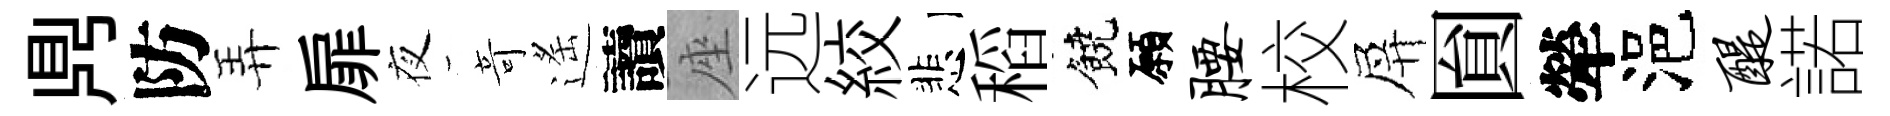
𪔂防弄扉夜竒遙讀座远絞悲稻饒願腰校屏圎犖浥醍諾